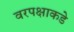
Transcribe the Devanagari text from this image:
वरपक्षाकडे